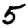
Digit: 5